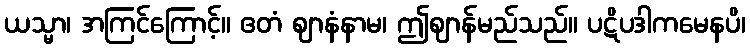
ယသ္မာ၊ အကြင်ကြောင့်။ ဧတံ ဈာနံနာမ၊ ဤဈာန်မည်သည်။ ပဋိပဒါကမေနပိ၊